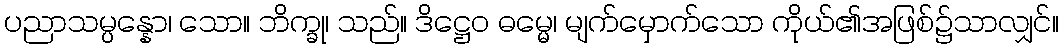
ပညာသမ္ပန္နော၊ သော။ ဘိက္ခု၊ သည်။ ဒိဋ္ဌေဝ ဓမ္မေ၊ မျက်မှောက်သော ကိုယ်၏အဖြစ်၌သာလျှင်။